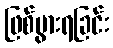
ဖြစ်ပွားရခြင်း